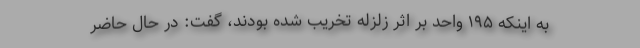
به اینکه ۱۹۵ واحد بر اثر زلزله تخریب شده بودند، گفت: در حال حاضر